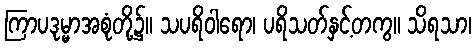
ကြာပဒုမ္မာအစုံတို့၌။ သပရိဝါရော၊ ပရိသတ်နှင့်တကွ။ သိရသာ၊